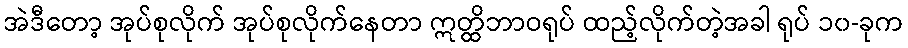
အဲဒီတော့ အုပ်စုလိုက် အုပ်စုလိုက်နေတာ ဣတ္ထိဘာဝရုပ် ထည့်လိုက်တဲ့အခါ ရုပ် ၁၀-ခုက